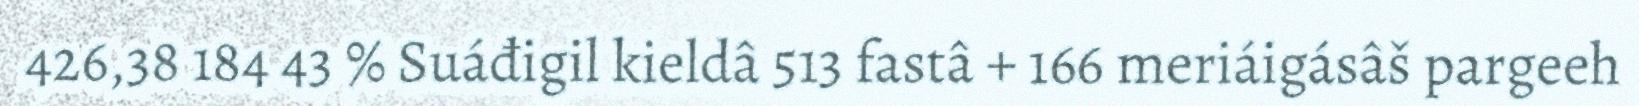
426,38 184 43 % Suáđigil kieldâ 513 fastâ + 166 meriáigásâš pargeeh